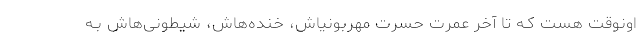
اونوقت هست کـه تا آخر عمرت حسرت مهربونیاش، خنده‌هاش، شیطونی‌هاش بـه